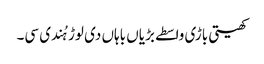
کھیتی باڑی واسطے بڑیاں باہاں دی لوڑ ہُندی سی۔